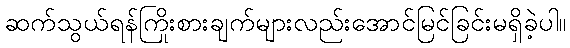
ဆက်သွယ်ရန်ကြိုးစားချက်များလည်းအောင်မြင်ခြင်းမရှိခဲ့ပါ။